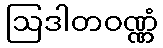
ဩဒါတဝဏ္ဏံ